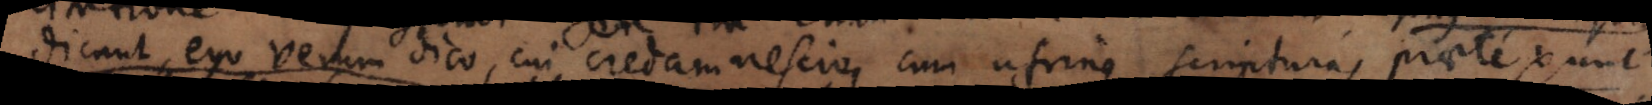
dicunt ego verum dico cui credam nescio, cum utrinque scripturas praetexunt